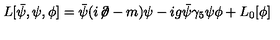
L [ \bar { \psi } , \psi , \phi ] = \bar { \psi } ( i \! \not \! \partial - m ) \psi - i g \bar { \psi } \gamma _ { 5 } \psi \phi + L _ { 0 } [ \phi ]